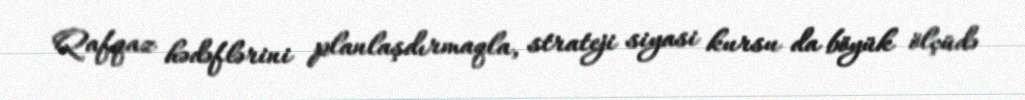
Qafqaz hədəflərini planlaşdırmaqla, strateji siyasi kursu da böyük ölçüdə